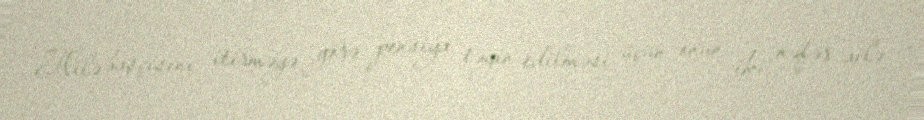
Ailə başçısını itirməyə görə pensiya təyin edilməsi üçün onun iki nəfər ailə